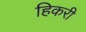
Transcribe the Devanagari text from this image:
हिकरी